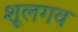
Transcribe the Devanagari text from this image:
शूलगव